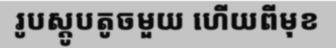
រូបស្តូបតូចមួយ ហើយពីមុខ